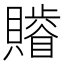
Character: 𧸥